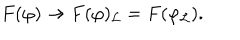
F ( \varphi ) \to F ( \varphi ) _ { \mathcal { L } } = F ( \varphi _ { \mathcal { L } } ) .